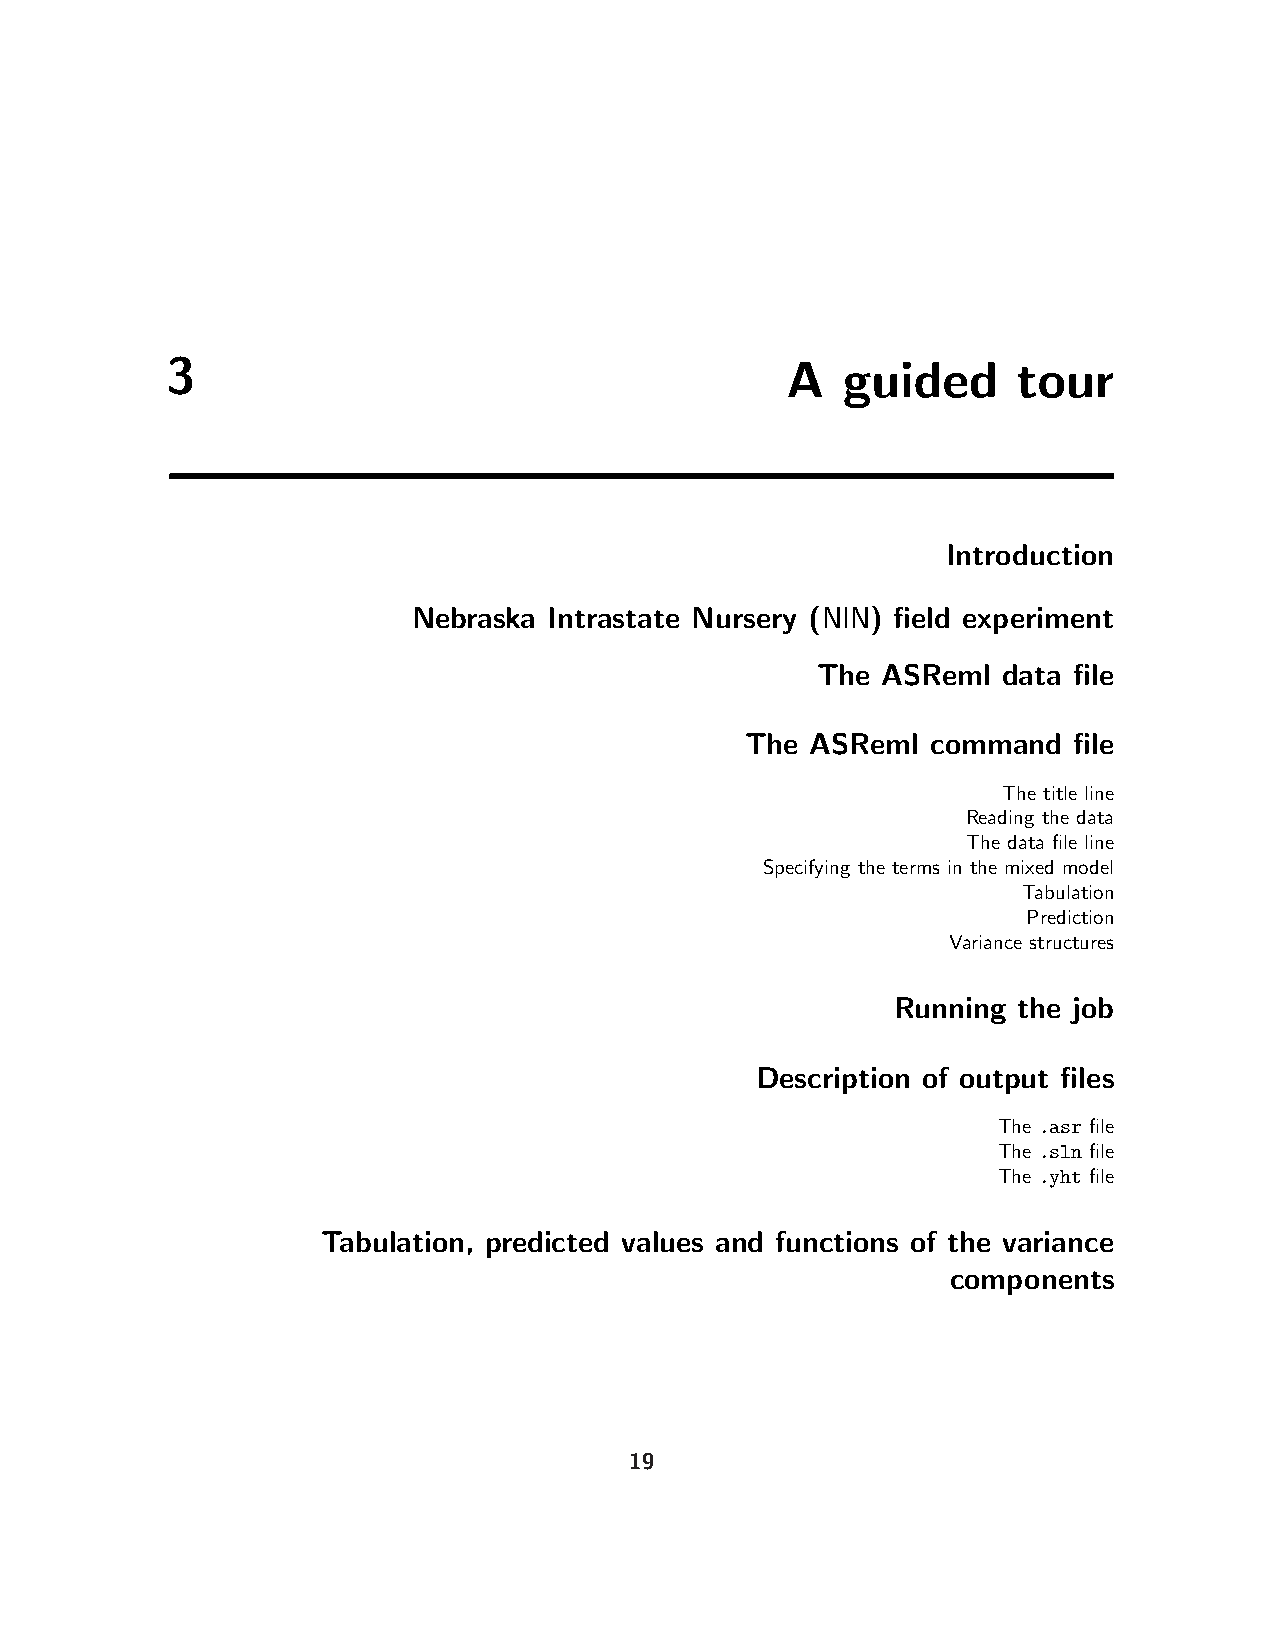
3                                        A   guided     tour
 Introduction
 Nebraska Intrastate Nursery (NIN) field experiment
 The ASReml  data file
 The  ASReml  command  file
 The title line
 Reading the data
 The data file line
 Specifying the terms in the mixed model
 Tabulation
 Prediction
 Variance structures
 Running the job
 Description of output files
 The .asr file
 The .sln file
 The .yht file
 Tabulation, predicted values and functions of the variance
 components
 19